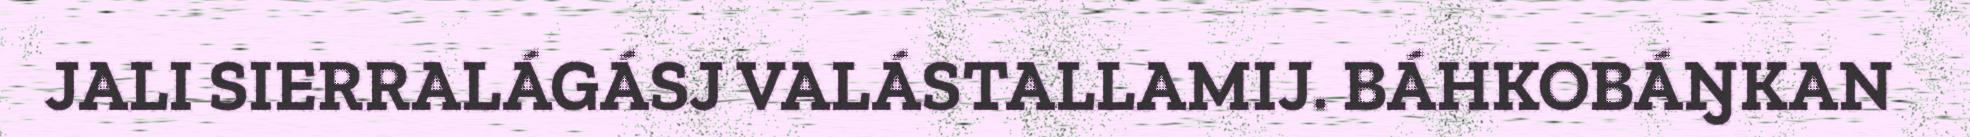
JALI SIERRALÁGÁSJ VALÁSTALLAMIJ. BÁHKOBÁŊKAN